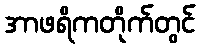
အာဖရိကတိုက်တွင်